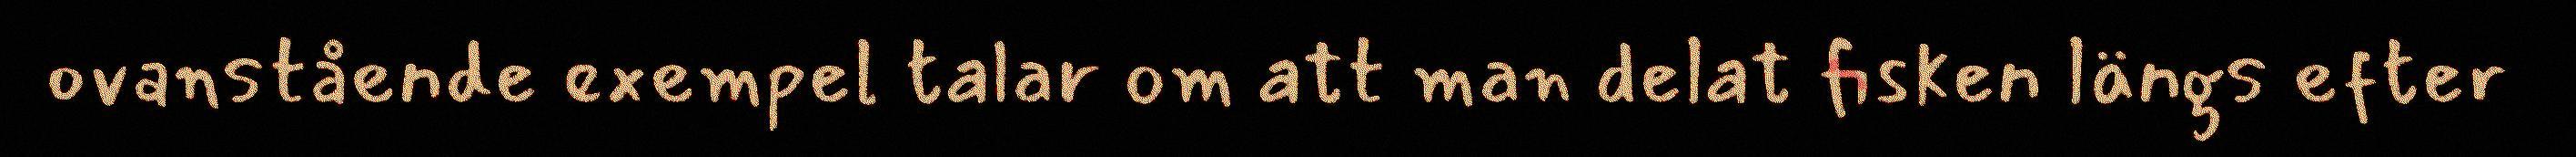
ovanstående exempel talar om att man delat fisken längs efter